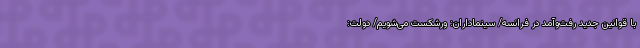
با قوانین جدید رفت‌وآمد در فرانسه/ سینماداران: ورشکست می‌شویم/ دولت: